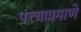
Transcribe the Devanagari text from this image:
पत्त्याप्रमाणे